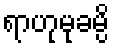
ရာဟုမုခမ္ပိ